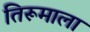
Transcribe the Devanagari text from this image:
तिरूमाला